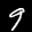
Label: 9